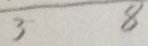
3 8